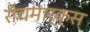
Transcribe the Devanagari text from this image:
रीचमार्क्स